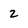
Character: 2